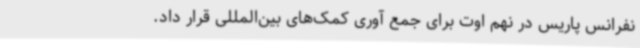
نفرانس پاریس در نهم اوت برای جمع آوری کمک‌های بین‌المللی قرار داد.